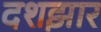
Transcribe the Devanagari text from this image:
दशझार